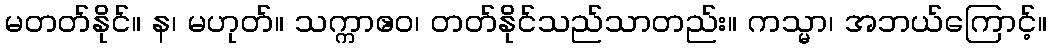
မတတ်နိုင်။ န၊ မဟုတ်။ သက္ကာဧဝ၊ တတ်နိုင်သည်သာတည်း။ ကသ္မာ၊ အဘယ်ကြောင့်။